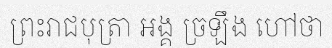
ព្រះរាជបុត្រា អង្គ ច្រឡឹង ហៅថា